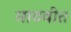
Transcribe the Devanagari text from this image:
साठवीत